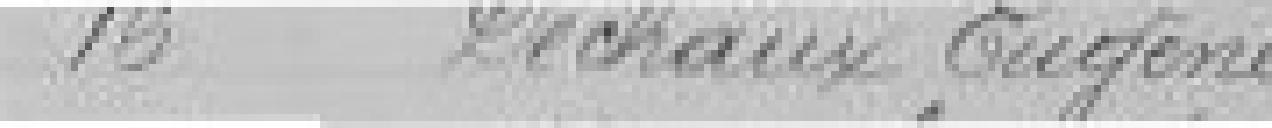
16 Déchaux Eugène